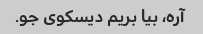
آره، بیا بریم دیسکوی جو.